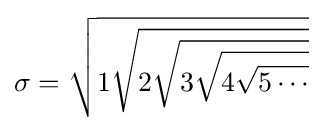
\sigma ={\sqrt {1{\sqrt {2{\sqrt {3{\sqrt {4{\sqrt {5\cdots }}}}}}}}}}